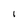
Character: I